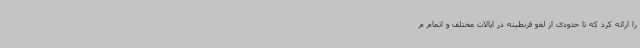
را ارائه کرد که تا حدودی از لغو قرنطینه در ایالات مختلف و اتمام م